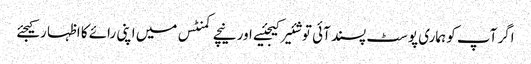
اگر آپ کو ہماری پوسٹ پسند آئی تو شئیر کیجئیے اور نیچے کمنٹس میں اپنی رائے کا اظہا رکیجئے